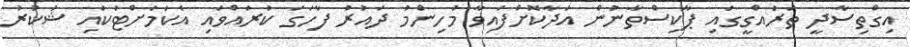
އިގްތިސާދީ ތަރައްގީގައި ޕާކިސްތާނުން އަދާކޮށްފައިވާ މުހިންމު ދައުރު ފާހަގަ ކުރައްވައި އެކަމަށްޓަކައި ޝުކުރު